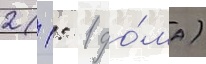
2 (1: 1 до́ма)